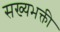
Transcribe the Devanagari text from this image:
सख्यभक्ती